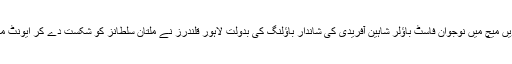
پاکستان سپر لیگ کے 20ویں میچ میں نوجوان فاسٹ باؤلر شاہین آفریدی کی شاندار باؤلنگ کی بدولت لاہور قلندرز نے ملتان سلطانز کو شکست دے کر ایونٹ میں پہلی فتح اپنے نام کر لی۔